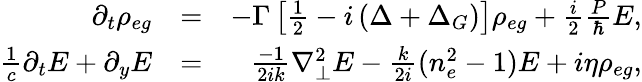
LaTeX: \begin{array}{rlr}{\partial_{t}{\rho_{eg}}}&{=}&{-\Gamma\left[\frac{1}{2}-i\left(\Delta+\Delta_{G}\right)\right]\rho_{eg}+\frac{i}{2}\frac{P}{\hbar}E,}\\ {\frac{1}{c}\partial_{t}E+\partial_{y}E}&{=}&{\frac{-1}{2ik}\nabla_{\perp}^{2}E-\frac{k}{2i}(n_{e}^{2}-1)E+i\eta\rho_{eg},}\end{array}